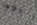
اليوم